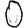
Digit: 0